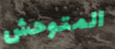
المتوحش